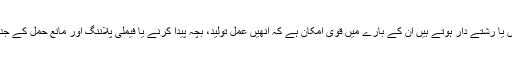
جن خواتین کے پاس کنبے یا گاؤں سے باہر کم سہیلیاں یا رشتے دار ہوتے ہیں ان کے بارے میں قوی امکان ہے کہ انھیں عمل تولید، بچہ پیدا کرنے یا فیملی پلاننگ اور مانع حمل کے جدید طریقوں کے متعلق طبی سہولیات کم میسر ہوں گی۔